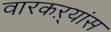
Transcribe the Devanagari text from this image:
वारकऱ्यांस